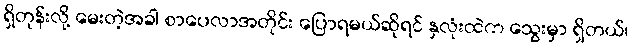
ရှိတုန်းလို့ မေးတဲ့အခါ စာပေလာအတိုင်း ပြောရမယ်ဆိုရင် နှလုံးထဲက သွေးမှာ ရှိတယ်၊